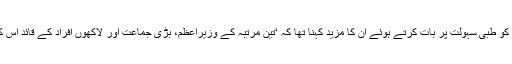
سابق وزیراعظم کو طبی سہولت پر بات کرتے ہوئے ان کا مزید کہنا تھا کہ ‘تین مرتبہ کے وزیراعظم، بڑی جماعت اور لاکھوں افراد کے قائد اس کے مستحق ہیں’۔